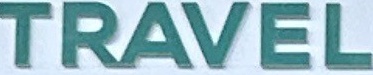
TRAVEL